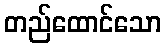
တည်ထောင်သော